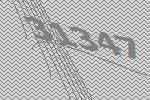
31347